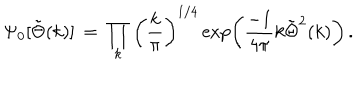
LaTeX: \Psi _ { 0 } [ \tilde { \Theta } ( k ) ] \, = \, \prod _ { k } \left( { \frac { k } { \pi } } \right) ^ { 1 / 4 } \exp \left( { \frac { - 1 } { 4 \pi } } k \tilde { \Theta } ^ { 2 } ( k ) \right) \, .